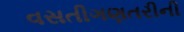
વસતીગણતરીની